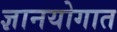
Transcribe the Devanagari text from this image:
ज्ञानयोगात